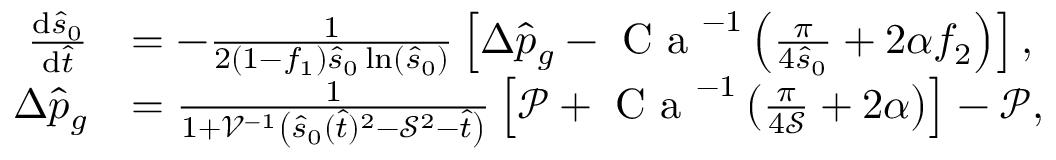
\begin{array} { r l } { \frac { \mathrm { d } \hat { s } _ { 0 } } { \mathrm { d } \hat { t } } } & { = - \frac { 1 } { 2 ( 1 - f _ { 1 } ) \hat { s } _ { 0 } \ln \left( \hat { s } _ { 0 } \right) } \left[ \Delta \hat { p } _ { g } - \textrm { C a } ^ { - 1 } \left( \frac { \pi } { 4 \hat { s } _ { 0 } } + 2 \alpha f _ { 2 } \right) \right] , } \\ { \Delta \hat { p } _ { g } } & { = \frac { 1 } { 1 + \mathcal { V } ^ { - 1 } \left( \hat { s } _ { 0 } ( \hat { t } ) ^ { 2 } - \mathcal { S } ^ { 2 } - \hat { t } \right) } \left[ \mathcal { P } + \textrm { C a } ^ { - 1 } \left( \frac { \pi } { 4 \mathcal { S } } + 2 \alpha \right) \right] - \mathcal { P } , } \end{array}